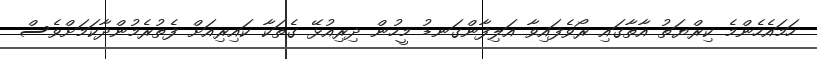
ހަމައެހެންމެ ކިރްޔަތު އާތާގައި ރޯވެފައިވާ އަލިފާންގަނޑު މީހުން ދިރިއުޅޭ ގެތަކާ ކައިރިއަށް ފެތުރެމުންދާކަމަށްވެސް